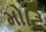
મોટિ